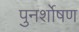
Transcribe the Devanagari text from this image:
पुनर्शोषण